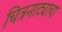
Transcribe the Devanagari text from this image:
चित्रनाट्याचा